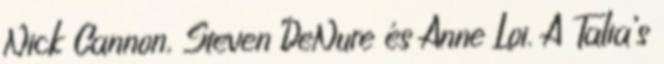
Nick Cannon, Steven DeNure és Anne Loi. A Talia’s